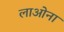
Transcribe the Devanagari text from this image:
लाओना